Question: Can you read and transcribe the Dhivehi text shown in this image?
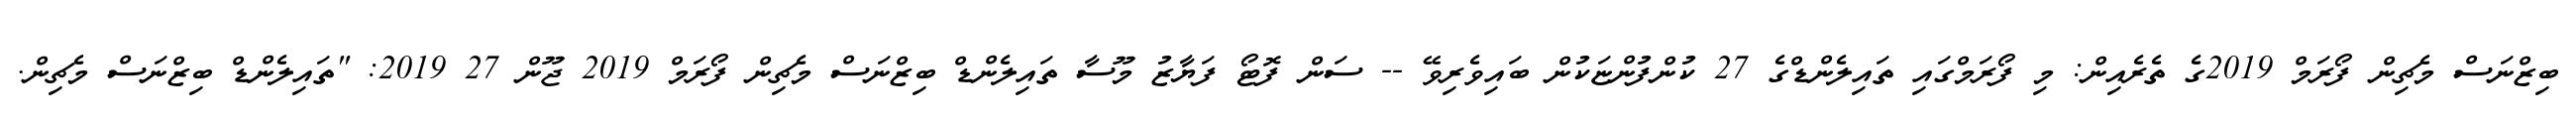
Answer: ބިޒްނަސް މެޗިން ފޯރަމް 2019ގެ ތެރެއިން: މި ފޯރަމްގައި ތައިލެންޑްގެ 27 ކުންފުންޏަކުން ބައިވެރިވޭ -- ސަން ފޮޓޯ ފަޔާޒު މޫސާ ތައިލެންޑް ބިޒްނަސް މެޗިން ފޯރަމް 2019 ޖޫން 27 2019: "ތައިލެންޑް ބިޒްނަސް މެޗިން.